Report on horse surra - Volume I
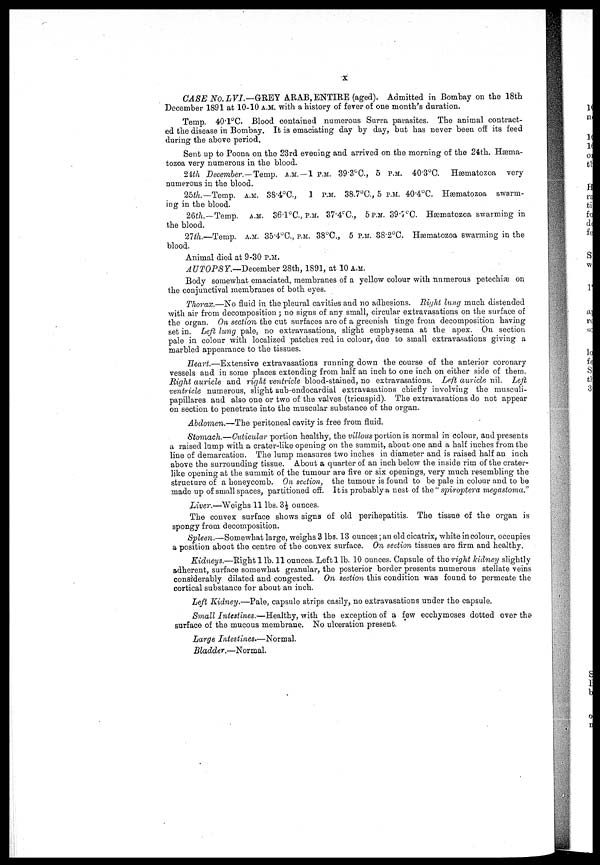
X
CASE No. LVI.—GREY
ARAB, ENTIRE (aged). Admitted in Bombay on the 18th
December 1891 at 10-10 A.M. with a history of fever of one month's duration.
Temp. 40.1°C. Blood contained numerous Surra parasites. The animal contract-
ed the disease in Bombay. It is emaciating day by day, but has never been off its feed
during the above period.
Sent up to Poona on the 23rd evening and arrived on the morning of the 24th. Hæma-
tozoa very numerous in the blood.
24th December.— Temp. A.M. —1 P.M. 39.3°C., 5 P.M. 40.3°C. Hæmatozoa very
numerous in the blood.
25th.—Temp. A.M. 38.4°C., 1 P.M. 38.7°C., 5 P.M. 40.4°C. Hæmatozoa swarm-
ing in the blood.
26th.—Temp. A.M. 36.1°C., P.M. 37.4°C., 5P.M. 39.7°C. Hæmatozoa swarming in
the blood.
27th.—Temp. A.M. 35.4°C., P.M. 38°C., 5 P.M. 38.2°C. Hæmatozoa swarming in the
blood.
Animal died at 9-30 P.M.
AUTOPSY.—December 28th, 1891, at 10 A.M.
Body somewhat emaciated, membranes of a yellow colour with numerous petechiæ on
the conjunctival membranes of both eyes.
Thorax.—No fluid in the pleural cavities and no adhesions. Right lung much distended
with air from decomposition ; no signs of any small, circular extravasations on the surface of
the organ. On section the cut surfaces are of a greenish tinge from decomposition having
set in. Left lung pale, no extravasations, slight emphysema at the apex. On section
pale in colour with localized patches red in colour, due to small extravasations giving a
marbled appearance to the tissues.
Heart.—Extensive extravasations running down the course of the anterior coronary
vessels and in some places extending from half an inch to one inch on either side of them.
Right auricle and right ventricle blood-stained, no extravasations. Left auricle nil. Left
ventricle numerous, slight sub-endocardial extravasations chiefly involving the musculi-
papillares and also one or two of the valves (tricuspid). The extravasations do not appear
on section to penetrate into the muscular substance of the organ.
Abdomen.—The peritoneal cavity is free from fluid.
Stomach.—Cuticular portion healthy, the villous portion is normal in colour, and presents
a raised lamp with a crater-like opening on the summit, about one and a half inches from the
line of demarcation. The lump measures two inches in diameter and is raised half an inch
above the surrounding tissue. About a quarter of an inch below the inside rim of the crater-
like opening at the summit of the tumour are five or six openings, very much resembling the
structure of a honeycomb. On section, the tumour is found to be pale in colour and to be
made up of small spaces, partitioned off. It is probably a nest of the " spiroptera megastoma."
Liver.—Weighs 11 lbs. 3½ ounces.
The convex surface shows signs of old perihepatitis. The tissue of the organ is
spongy from decomposition.
Spleen.—Somewhat large, weighs 3 lbs. 13 ounces ; an old cicatrix, white in colour, occupies
a position about the centre of the convex surface. On section tissues are firm and healthy.
Kidneys.—Right 1 lb. 11 ounces. Left l lb. 10 ounces. Capsule of the right kidney slightly
adherent, surface somewhat granular, the posterior border presents numerous stellate veins
considerably dilated and congested. On section this condition was found to permeate the
cortical substance for about an inch.
Left Kidney.—Pale, capsule strips easily, no extravasations under the capsule.
Small Intestines.—Healthy, with the exception of a few ecchymoses dotted over the
surface of the mucous membrane. No ulceration present.
Large Intestines.—Normal.
Bladder.—Normal.